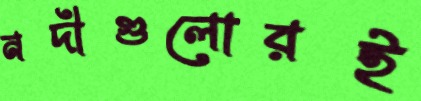
নদীগুলোরই